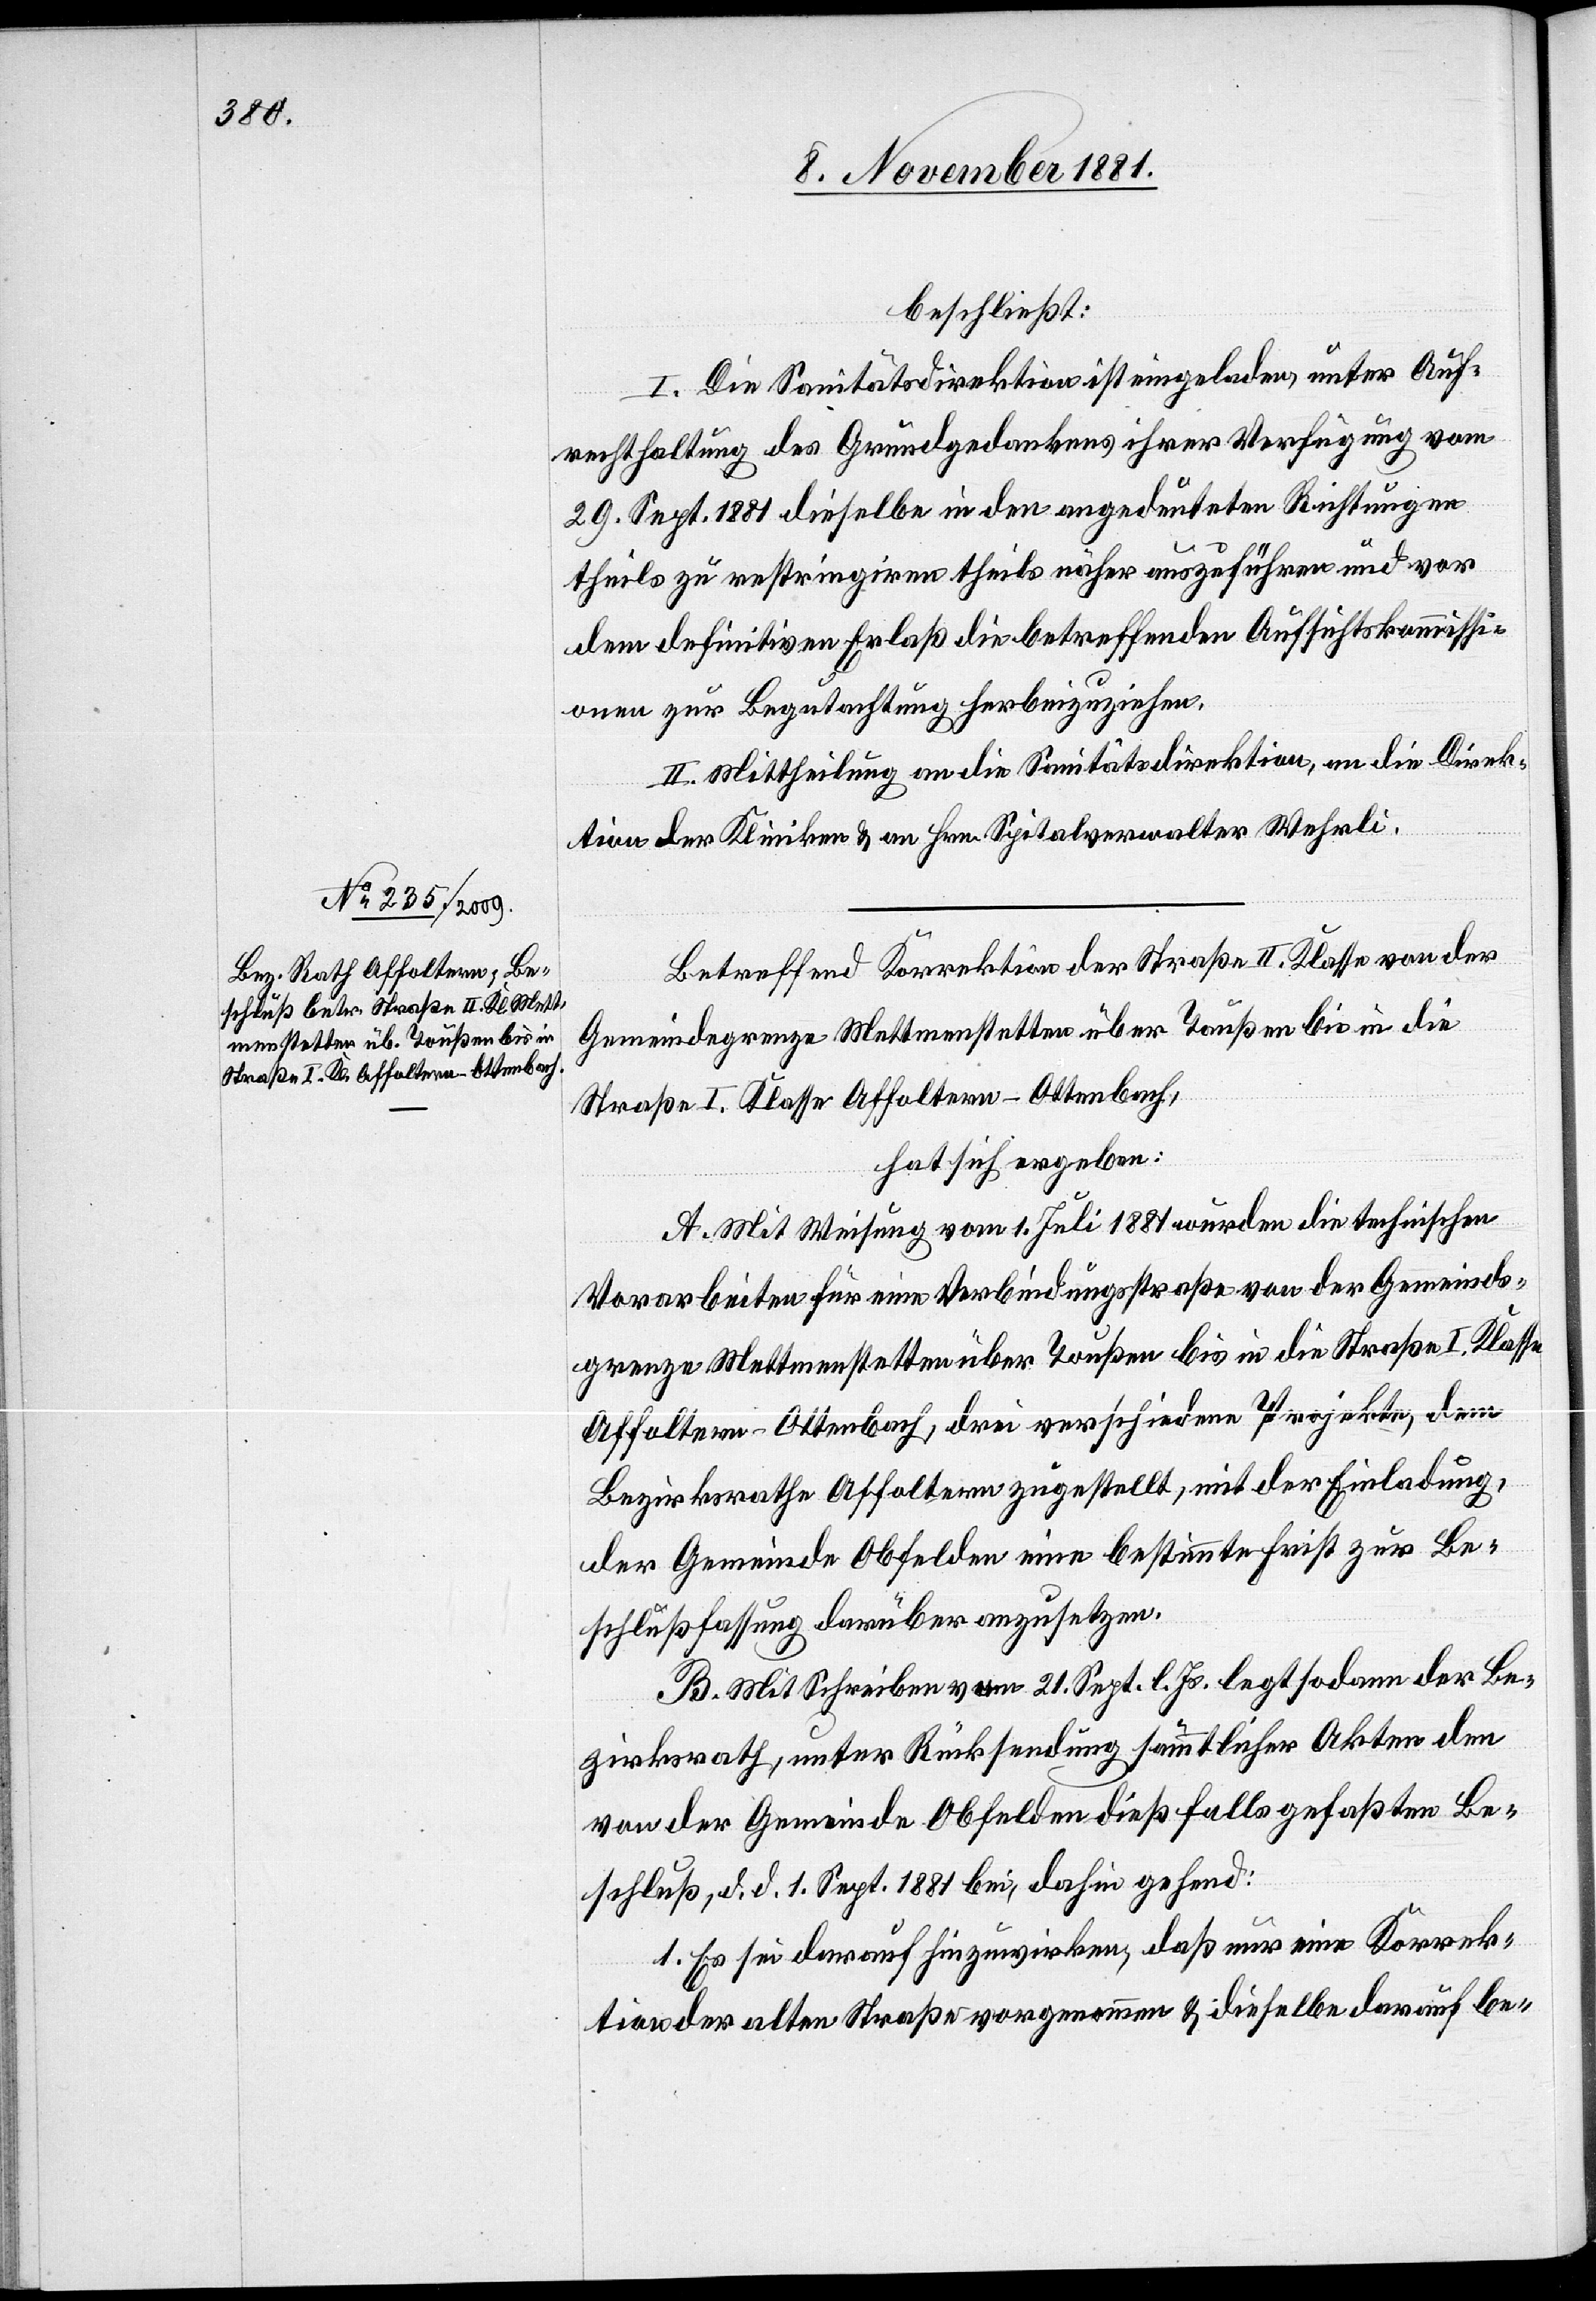
beschließt:
I. Die Sanitätsdirektion ist eingeladen, unter Auf¬
rechthaltung des Grundgedankens ihrer Verfügung vom
29. Sept. 1881 dieselbe in den angedeuteten Richtungen
theils zu restringiren theils näher auszuführen und vor
dem definitiven Erlaß die betreffenden Aufsichtskommissi¬
onen zur Begutachtung herbeizuziehen.
II. Mittheilung an die Sanitätsdirektion, an die Direk¬
tion der Kliniken & an Hrn. Spitalverwalter Wehrli.
Betreffend Korrektion der Straße II. Klasse von der
Gemeindegrenze Mettmenstetten über Toußen bis in die
Straße I. Klasse Affoltern–Ottenbach,
hat sich ergeben:
A. Mit Weisung vom 1. Juli 1881 wurden die technischen
Vorarbeiten für eine Verbindungsstraße von der Gemeinds¬
grenze Mettmenstetten über Toußen bis in die Straße I. Klasse
Affoltern–Ottenbach, drei verschiedene Projekte, dem
Bezirksrathe Affoltern zugestellt, mit der Einladung,
der Gemeinde Obfelden eine bestimmte Frist zur Be¬
schlußschaffung darüber anzusetzen.
B. Mit Schreiben vom 21. Sept. l. Js. legt sodann der Be¬
zirksrath, unter Rücksendung sämmtlicher Akten den
von der Gemeinde Obfelden dießfalls gefaßten Be¬
schluß, d. d. 1. Sept. 1881 bei, dahin gehend:
1. Es sei darauf hinzuwirken, daß nur eine Korrek¬
tion der alten Straße vorgenommen & dieselbe darauf be-